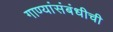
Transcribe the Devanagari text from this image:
गाण्यांसंबंधीची